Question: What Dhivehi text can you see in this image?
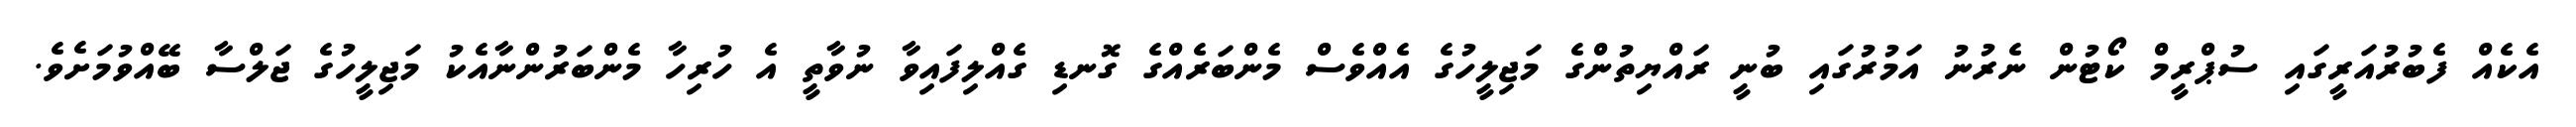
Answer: އެކެއް ފެބުރުއަރީގައި ސުޕްރީމް ކޯޓުން ނެރުނު އަމުރުގައި ބުނީ ރައްޔިތުންގެ މަޖިލީހުގެ އެއްވެސް މެންބަރެއްގެ ގޮނޑި ގެއްލިފައިވާ ނުވާތީ އެ ހުރިހާ މެންބަރުންނާއެކު މަޖިލީހުގެ ޖަލްސާ ބޭއްވުމަށެވެ.